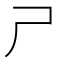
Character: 𡰣